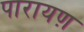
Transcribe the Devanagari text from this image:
पारायण़